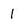
Character: 1